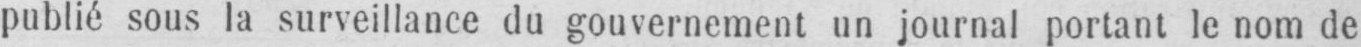
publié sous la surveillance du gouvernement un journal portant le nom de